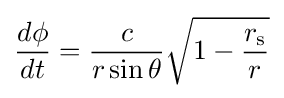
{\frac {d\phi }{dt}}={\frac {c}{r\sin \theta }}{\sqrt {1-{\frac {r_{\text{s}}}{r}}}}